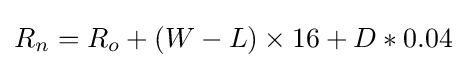
R_{n}=R_{o}+(W-L)\times 16+D*0.04\